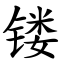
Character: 镂